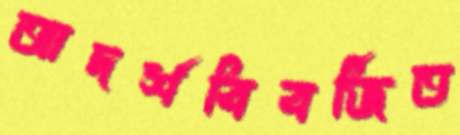
আদর্শবিবর্জিত